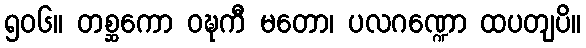
၅၀၆။ တစ္ဆကော ဝဍ္ဎကီ မတော၊ ပလဂဏ္ဍော ထပတျပိ။